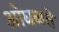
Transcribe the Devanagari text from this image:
ओघळते